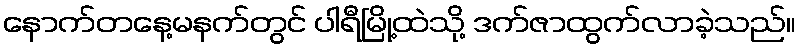
နောက်တနေ့မနက်တွင် ပါရီမြို့ထဲသို့ ဒက်ဇာထွက်လာခဲ့သည်။